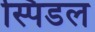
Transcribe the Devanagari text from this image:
स्पिडल